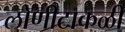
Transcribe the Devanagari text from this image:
लोणीटाकळी